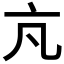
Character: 𪜠